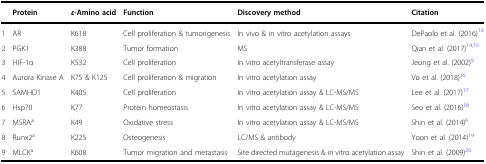
|  | Protein | ε-Amino acid | Function | Discovery method | Citation |
 | --- | --- | --- | --- | --- | --- |
 | 1 | AR | K618 | Cell proliferation & tumorigenesis | In vivo & in vitro acetylation assays | DePaolo et al. (2016)13 |
 | 2 | PGK1 | K388 | Tumor formation | MS | Qian et al. (2017)14,15 |
 | 3 | HIF-1α | K532 | Cell proliferation | In vitro acetyltransferase assay | Jeong et al. (2002)9 |
 | 4 | Aurora Kinase A | K75 & K125 | Cell proliferation & migration | In vitro acetylation assay | Vo et al. (2018)16 |
 | 5 | SAMHD1 | K405 | Cell proliferation | In vitro acetylation assay & LC-MS/MS | Lee et al. (2017)17 |
 | 6 | Hsp70 | K77 | Protein homeostasis | In vitro acetylation assay & LC-MS/MS | Seo et al. (2016)18 |
 | 7 | MSRAa | K49 | Oxidative stress | In vitro acetylation assay & LC-MS/MS | Shin et al. (2014)6 |
 | 8 | Runx2a | K225 | Osteogenesis | LC/MS & antibody | Yoon et al. (2014)19 |
 | 9 | MLCKa | K608 | Tumor migration and metastasis | Site directed mutagenesis & in vitro acetylation assay | Shin et al. (2009)20 |